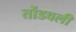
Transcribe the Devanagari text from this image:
तोंडवली